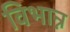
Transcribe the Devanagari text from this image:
विभान्न